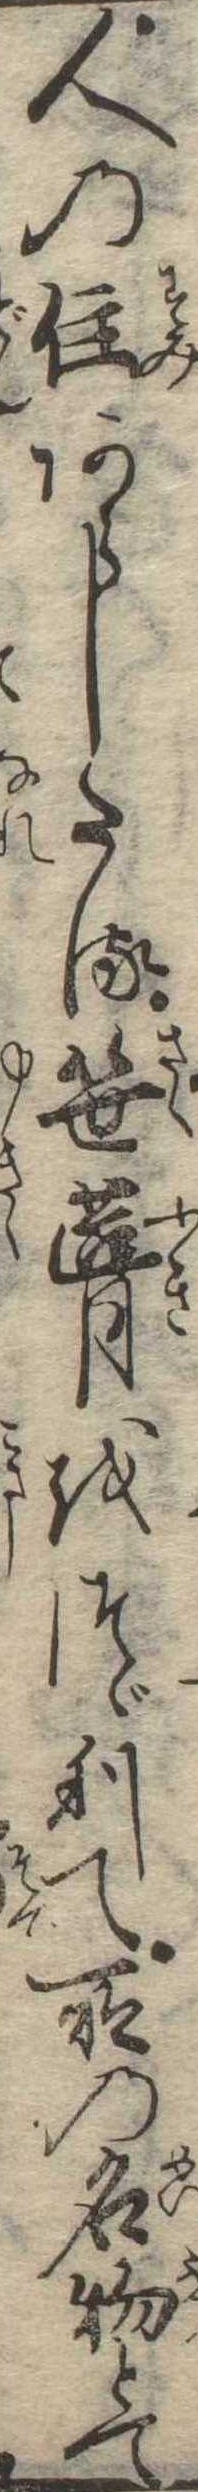
人の住あらしたる笹葺をつゞりて所の名物とて